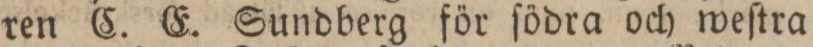
ren C. E. Sundberg för ſödra och weſtra